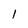
Character: l